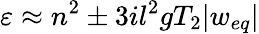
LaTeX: \varepsilon\approx n^{2}\pm 3il^{2}gT_{2}|w_{eq}|